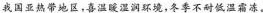
我国亚热带地区，喜温暖湿润环境，冬季不耐低温霜冻。